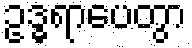
ဥဒ္ဓရာပေတွာ